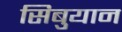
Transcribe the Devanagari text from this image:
सिबुयान